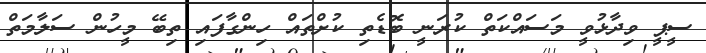
ސީޕީ ވިދާޅުވީ މަސައްކަތް ކުރަނީ ބޮޑެތި ކުށްތައް ހިންގާފައި ތިބޭ މީހުން ސަލާމަތް